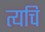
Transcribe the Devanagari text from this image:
त्यचि